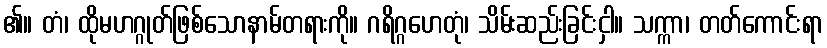
၏။ တံ၊ ထိုမဟဂ္ဂုတ်ဖြစ်သောနာမ်တရားကို။ ဂရိဂ္ဂဟေတုံ၊ သိမ်းဆည်းခြင်းငှါ။ သက္ကာ၊ တတ်ကောင်းရာ